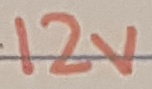
Text: 12V